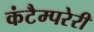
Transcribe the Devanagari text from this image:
कंटैम्परेरी